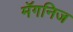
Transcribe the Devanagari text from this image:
मॅगनिज